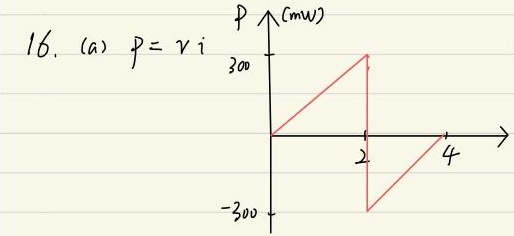
16. (a) \(p = vi\)
\begin{tikzpicture}[scale=0.8]
    \begin{axis}[
        axis lines = middle,
        xlabel = {\(t\)},
        ylabel = {\(P(\mathrm{mW})\),
        xmin=0, xmax=4,
        ymin=-300, ymax=300,
        xtick={1,2,4},
        ytick={-300,300}
    ]
        \addplot[red, thick, domain=0:2]{150*x};
        \addplot[red, thick, domain=2:4]{-150*(x - 2)};
    \end{axis}
\end{tikzpicture}